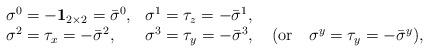
LaTeX: \begin{align*}\begin{array}{ll}\sigma^0=-{\bf 1}_{2\times 2}={\bar\sigma}^0,&\sigma^1=\tau_z=-{\bar\sigma}^1,\\\sigma^2=\tau_x=-{\bar\sigma}^2,&\sigma^{3}=\tau_y=-{\bar\sigma}^{3},\quad ({\rm or} \quad\sigma^{y}=\tau_y=-{\bar\sigma}^{y}),\end{array}\end{align*}